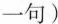
一句)